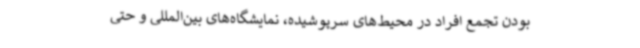
بودن تجمع افراد در محیط‌های سرپوشیده، نمایشگاه‌های بین‌المللی و حتی